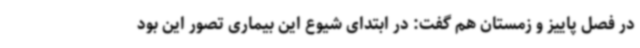
در فصل پاییز و زمستان هم گفت: در ابتدای شیوع این بیماری تصور این بود